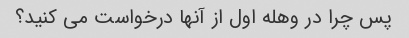
پس چرا در وهله اول از آنها درخواست می کنید؟